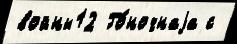
войны12 Го́ночнаjа с